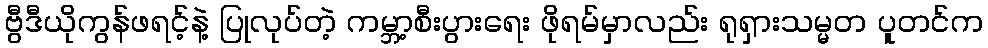
ဗွီဒီယိုကွန်ဖရင့်နဲ့ ပြုလုပ်တဲ့ ကမ္ဘာ့စီးပွားရေး ဖိုရမ်မှာလည်း ရုရှားသမ္မတ ပူတင်က